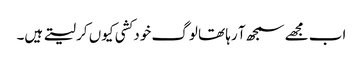
اب مجھے سمجھ آ رہا تھا لوگ خود کشی کیوں کر لیتے ہیں۔